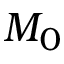
M _ { 0 }